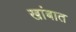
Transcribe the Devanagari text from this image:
खांबात